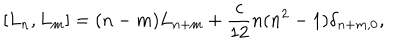
[ L _ { n } , L _ { m } ] = ( n - m ) L _ { n + m } + \frac { c } { 1 2 } n ( n ^ { 2 } - 1 ) \delta _ { n + m , 0 } ,